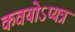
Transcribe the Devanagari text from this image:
कवयोऽप्यत्र